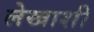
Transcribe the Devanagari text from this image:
लेखाशी